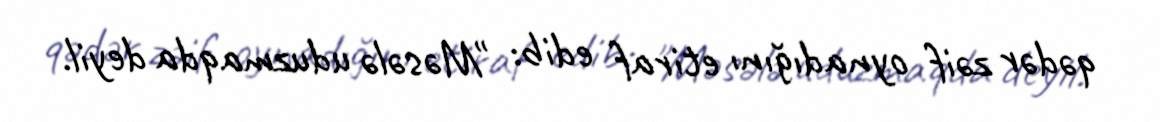
qədər zəif oynadığını etiraf edib: "Məsələ uduzmaqda deyil.